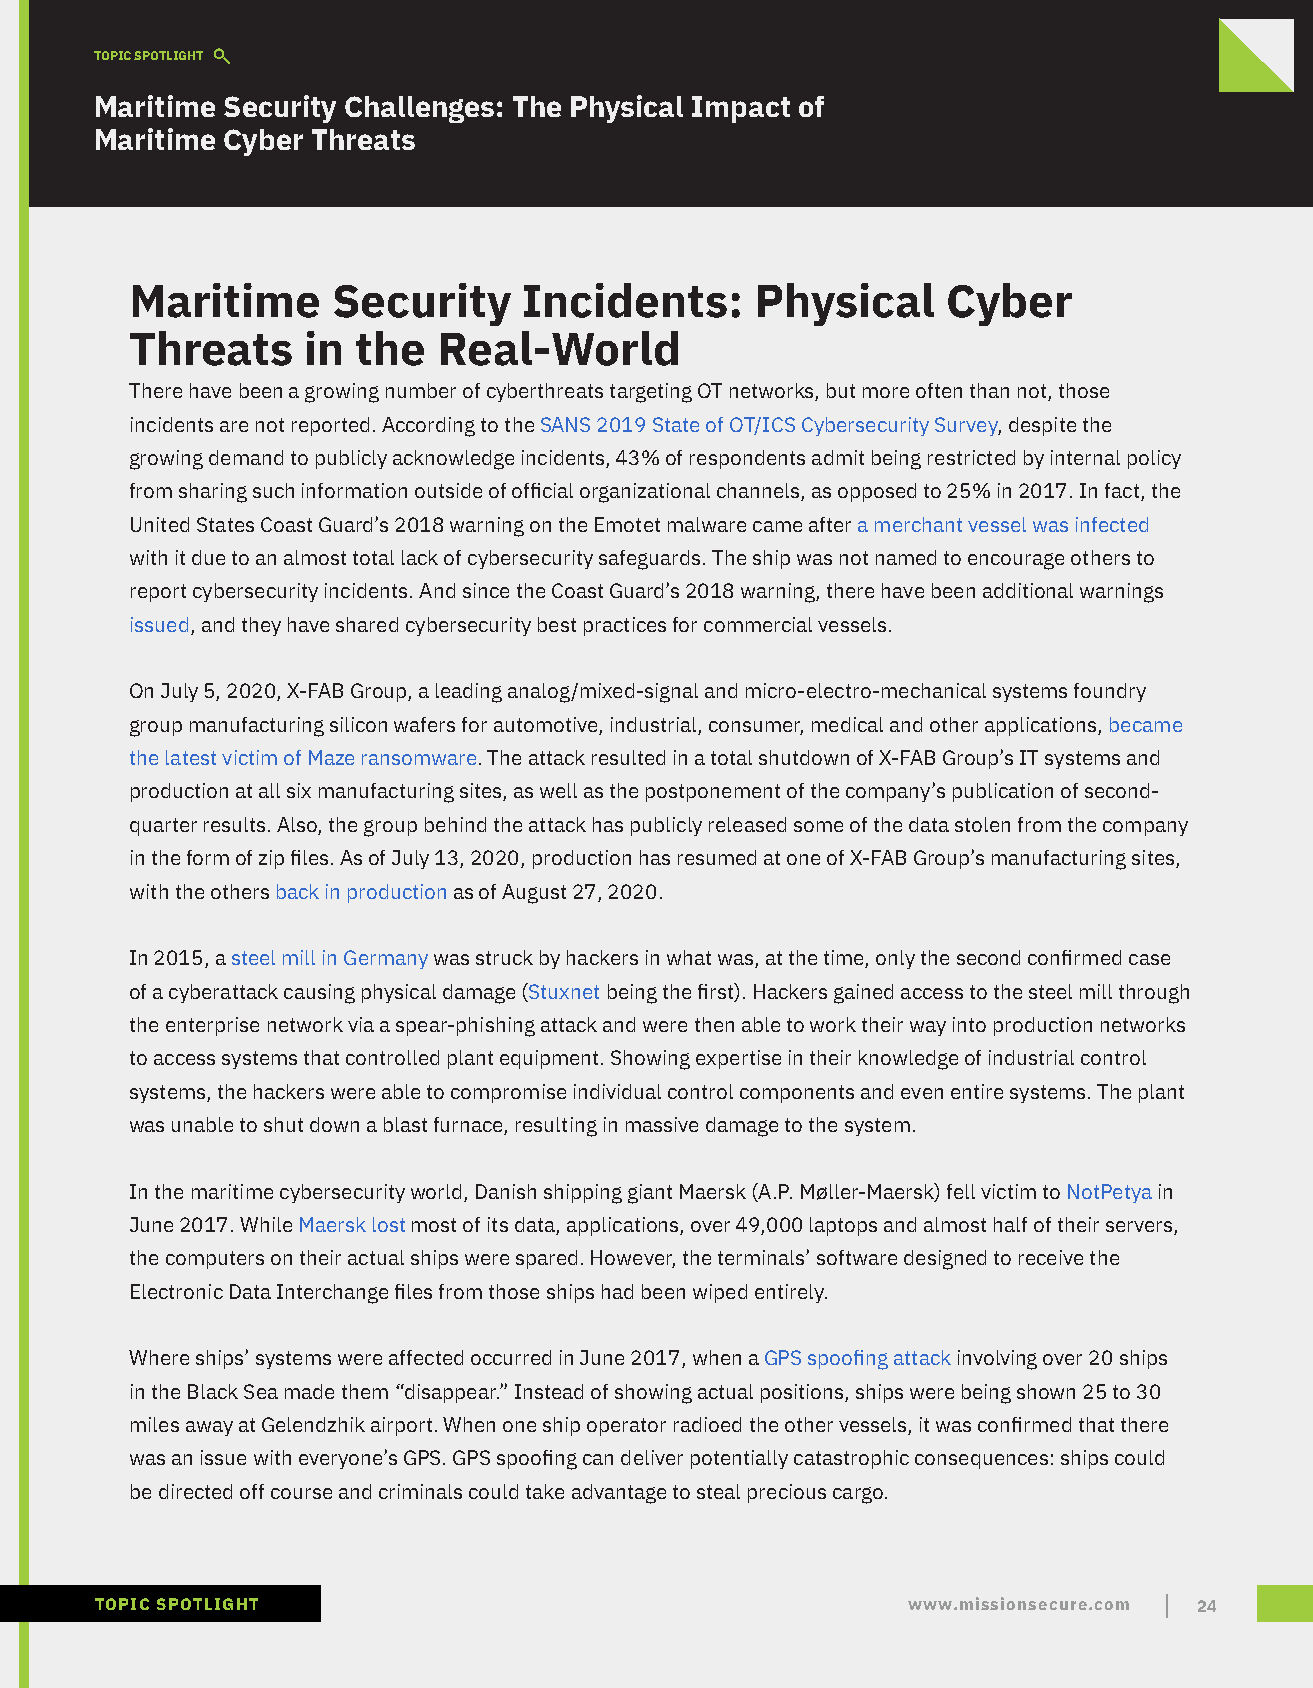
TOPIC SPOTLIGHT
 Maritime Security Challenges: The Physical Impact of
 Maritime Cyber Threats
 Maritime     Security     Incidents:     Physical     Cyber
 Threats    in  the  Real-World
 There have been a growing number of cyberthreats targeting OT networks, but more often than not, those
 incidents are not reported. According to the SANS 2019 State of OT/ICS Cybersecurity Survey, despite the
 growing demand to publicly acknowledge incidents, 43% of respondents admit being restricted by internal policy
 from sharing such information outside of official organizational channels, as opposed to 25% in 2017. In fact, the
 United States Coast Guard’s 2018 warning on the Emotet malware came after a merchant vessel was infected
 with it due to an almost total lack of cybersecurity safeguards. The ship was not named to encourage others to
 report cybersecurity incidents. And since the Coast Guard’s 2018 warning, there have been additional warnings
 issued, and they have shared cybersecurity best practices for commercial vessels.
 On July 5, 2020, X-FAB Group, a leading analog/mixed-signal and micro-electro-mechanical systems foundry
 group manufacturing silicon wafers for automotive, industrial, consumer, medical and other applications, became
 the latest victim of Maze ransomware. The attack resulted in a total shutdown of X-FAB Group’s IT systems and
 production at all six manufacturing sites, as well as the postponement of the company’s publication of second-
 quarter results. Also, the group behind the attack has publicly released some of the data stolen from the company
 in the form of zip files. As of July 13, 2020, production has resumed at one of X-FAB Group’s manufacturing sites,
 with the others back in production as of August 27, 2020.
 In 2015, a steel mill in Germany was struck by hackers in what was, at the time, only the second confirmed case
 of a cyberattack causing physical damage (Stuxnet being the first). Hackers gained access to the steel mill through
 the enterprise network via a spear-phishing attack and were then able to work their way into production networks
 to access systems that controlled plant equipment. Showing expertise in their knowledge of industrial control
 systems, the hackers were able to compromise individual control components and even entire systems. The plant
 was unable to shut down a blast furnace, resulting in massive damage to the system.
 In the maritime cybersecurity world, Danish shipping giant Maersk (A.P. Møller-Maersk) fell victim to NotPetya in
 June 2017. While Maersk lost most of its data, applications, over 49,000 laptops and almost half of their servers,
 the computers on their actual ships were spared. However, the terminals’ software designed to receive the
 Electronic Data Interchange files from those ships had been wiped entirely.
 Where ships’ systems were affected occurred in June 2017, when a GPS spoofing attack involving over 20 ships
 in the Black Sea made them “disappear.” Instead of showing actual positions, ships were being shown 25 to 30
 miles away at Gelendzhik airport. When one ship operator radioed the other vessels, it was confirmed that there
 was an issue with everyone’s GPS. GPS spoofing can deliver potentially catastrophic consequences: ships could
 be directed off course and criminals could take advantage to steal precious cargo.
 TOPIC SPOTLIGHT                                       www.missionsecure.com 24